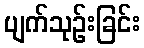
ပျက်သုဉ်းခြင်း